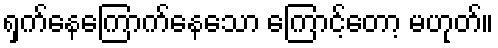
ရှက်နေကြောက်နေသော ကြောင့်တော့ မဟုတ်။